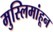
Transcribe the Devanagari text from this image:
मुस्लिमांहून